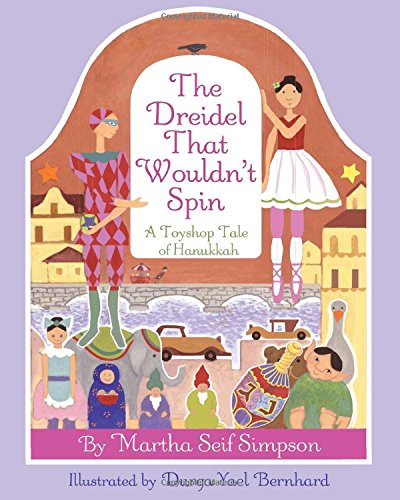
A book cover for The Dreidel that Wouldn't Spin: A Toyshop Tale of Hanukkah; Martha Seif Simpson; Children's Books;